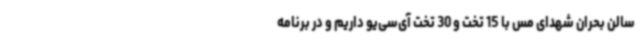
سالن بحران شهدای مس با 15 تخت و 30 تخت آی‌سی‌یو داریم و در برنامه